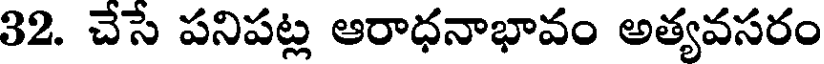
32. చేసే పనిపట్ల ఆరాధనాభావం అత్యవసరం